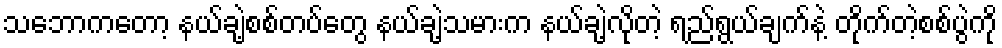
သဘောကတော့ နယ်ချဲ့စစ်တပ်တွေ နယ်ချဲ့သမားက နယ်ချဲ့လိုတဲ့ ရည်ရွယ်ချက်နဲ့ တိုက်တဲ့စစ်ပွဲကို